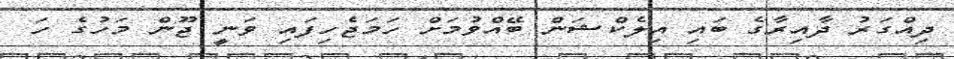
ދިއްގަރު ދާއިރާގެ ބައި އިލެކްޝަން ބޭއްވުމަށް ހަމަޖެހިފައި ވަނީ ޖޫން މަހުގެ ހަ